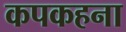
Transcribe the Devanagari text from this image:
कपकहना